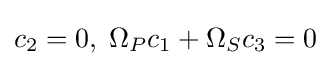
c_{2}=0,\;\Omega _{P}c_{1}+\Omega _{S}c_{3}=0